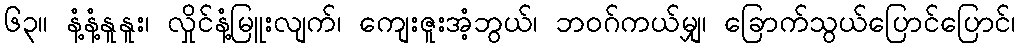
၆၃။ နံ့နံ့နူနူး၊ လှိုင်နံ့မြူးလျက်၊ ကျေးဇူးအံ့ဘွယ်၊ ဘဝဂ်ကယ်မျှ၊ ခြောက်သွယ်ပြောင်ပြောင်၊